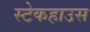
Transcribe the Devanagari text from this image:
स्टेकहाउस